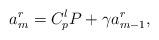
LaTeX: \begin{align*}a^r_m=C_p^l P +\gamma a^r_{m-1},\end{align*}